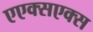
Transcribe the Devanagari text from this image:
एएक्सएक्स